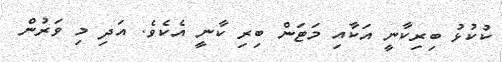
ކުކުޅު ބިރިކާނީ އަކާއި މަޓަން ބިރި ކާނީ އެކެވެ. އަދި މި ވަރުން